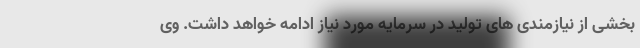
بخشی از نیازمندی های تولید در سرمایه مورد نیاز ادامه خواهد داشت. وی